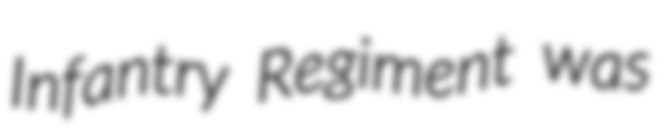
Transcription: Infantry Regiment was